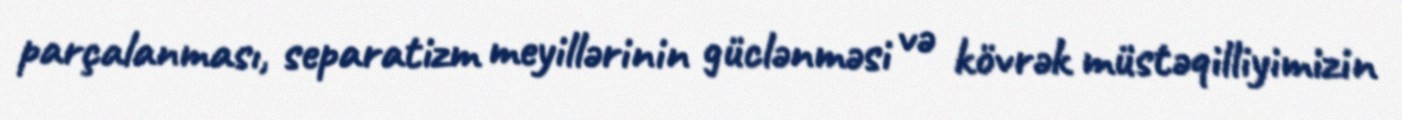
parçalanması, separatizm meyillərinin güclənməsi və kövrək müstəqilliyimizin